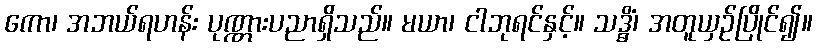
ကော၊ အဘယ်ရဟန်း ပုဏ္ဏားပညာရှိသည်။ မယာ၊ ငါဘုရင်နှင့်။ သဒ္ဓိံ၊ အတူယှဉ်ပြိုင်၍။